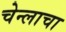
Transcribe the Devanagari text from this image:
चेन्लाचा